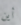
أين